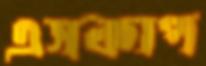
এসকাপ